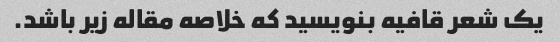
یک شعر قافیه بنویسید که خلاصه مقاله زیر باشد.